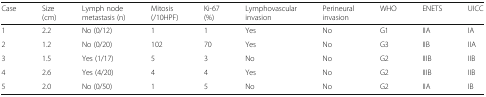
<table><thead><tr><td><b>Case</b></td><td><b>Size(cm)</b></td><td><b>Lymph node metastasis (n)</b></td><td><b>Mitosis(/10HPF)</b></td><td><b>Ki-67(%)</b></td><td><b>Lymphovascularinvasion</b></td><td><b>Perineuralinvasion</b></td><td><b>WHO</b></td><td><b>ENETS</b></td><td><b>UICC</b></td></tr></thead><tbody><tr><td>1</td><td>2.2</td><td>No (0/12)</td><td>1</td><td>1</td><td>Yes</td><td>No</td><td>G1</td><td>IIA</td><td>IA</td></tr><tr><td>2</td><td>1.2</td><td>No (0/20)</td><td>102</td><td>70</td><td>Yes</td><td>No</td><td>G3</td><td>IIB</td><td>IIA</td></tr><tr><td>3</td><td>1.5</td><td>Yes (1/17)</td><td>5</td><td>3</td><td>No</td><td>No</td><td>G2</td><td>IIIB</td><td>IIB</td></tr><tr><td>4</td><td>2.6</td><td>Yes (4/20)</td><td>4</td><td>4</td><td>Yes</td><td>No</td><td>G2</td><td>IIIB</td><td>IIB</td></tr><tr><td>5</td><td>2.0</td><td>No (0/50)</td><td>1</td><td>5</td><td>No</td><td>No</td><td>G2</td><td>IIA</td><td>IB</td></tr></tbody></table>